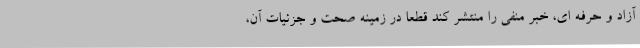
آزاد و حرفه ای، خبر منفی را منتشر کند قطعا در زمینه صحت و جزئیات آن،